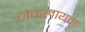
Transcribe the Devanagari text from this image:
जेगलायन